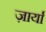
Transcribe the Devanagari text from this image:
ज़ार्या